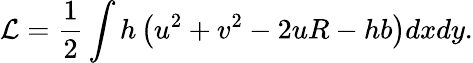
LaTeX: \mathcal{L}=\frac{1}{2}\int h\left(u^{2}+v^{2}-2uR-hb\right)dxdy.